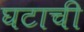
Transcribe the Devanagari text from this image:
घटाची